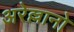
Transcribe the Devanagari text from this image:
अरेल्लानो